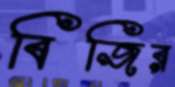
বিজির